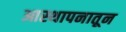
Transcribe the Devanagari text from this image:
आस्थापनातून